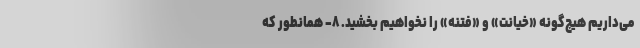
می‌داریم هیچ‌گونه «خیانت» و «فتنه» را نخواهیم بخشید. ۸- همانطور که